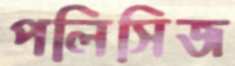
পলিসিজ